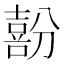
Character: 𱔳